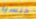
جنسيا